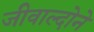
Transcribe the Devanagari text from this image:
जीवाल्दोने